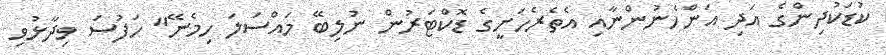
ކުޑަކުދިންގެ އަދި އަންހެނުންނާއި އެތެރެހަށީގެ ޑޮކްޓަރުން ނުލިބޭ މައްސަލަ ހިމެނޭ" ހަފުސަ ވިދާޅުވި